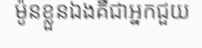
ម៉ូនខ្លួនឯងគឺជាអ្នកជួយ